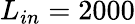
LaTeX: L_{in}=2000